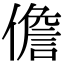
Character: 儋